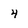
Character: 4